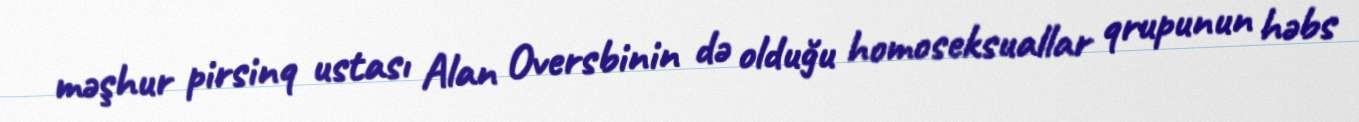
məşhur pirsinq ustası Alan Oversbinin də olduğu homoseksuallar qrupunun həbs